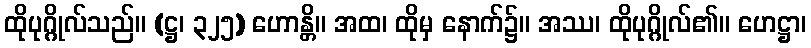
ထိုပုဂ္ဂိုလ်သည်။ (ဋ္ဌ၊ ၃၂၅) ဟောန္တိ။ အထ၊ ထိုမှ နောက်၌။ အဿ၊ ထိုပုဂ္ဂိုလ်၏။ ဟေဋ္ဌာ၊